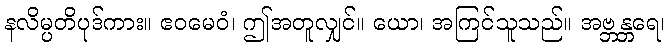
နလိမ္ပတိပုဒ်ကား။ ဧဝမေဝံ၊ ဤအတူလျှင်။ ယော၊ အကြင်သူသည်။ အဗ္ဘန္တရေ၊